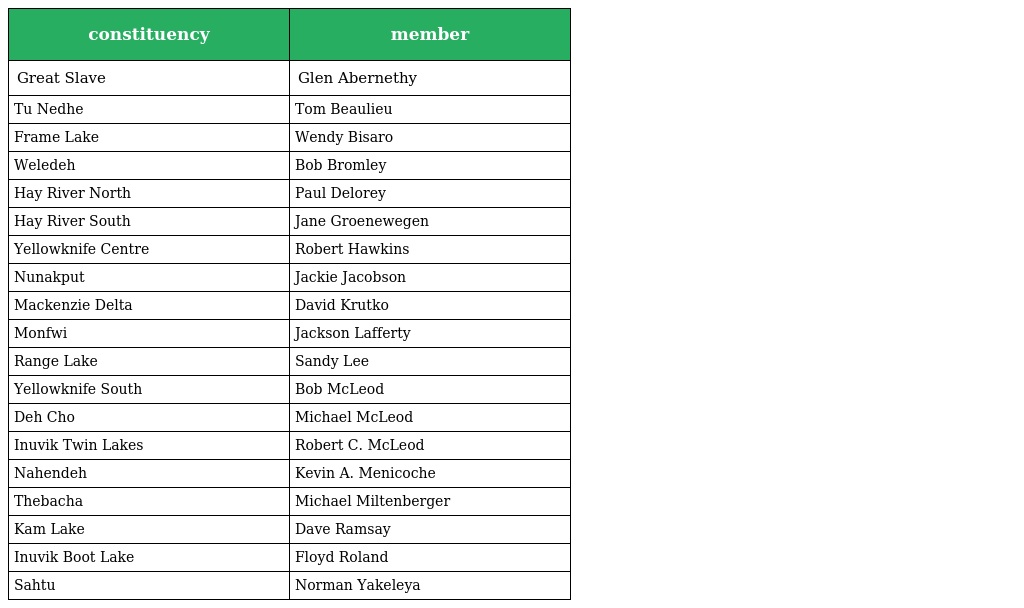
| constituency | member |
 | --- | --- |
 | Great Slave | Glen Abernethy |
 | Tu Nedhe | Tom Beaulieu |
 | Frame Lake | Wendy Bisaro |
 | Weledeh | Bob Bromley |
 | Hay River North | Paul Delorey |
 | Hay River South | Jane Groenewegen |
 | Yellowknife Centre | Robert Hawkins |
 | Nunakput | Jackie Jacobson |
 | Mackenzie Delta | David Krutko |
 | Monfwi | Jackson Lafferty |
 | Range Lake | Sandy Lee |
 | Yellowknife South | Bob McLeod |
 | Deh Cho | Michael McLeod |
 | Inuvik Twin Lakes | Robert C. McLeod |
 | Nahendeh | Kevin A. Menicoche |
 | Thebacha | Michael Miltenberger |
 | Kam Lake | Dave Ramsay |
 | Inuvik Boot Lake | Floyd Roland |
 | Sahtu | Norman Yakeleya |